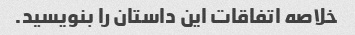
خلاصه اتفاقات این داستان را بنویسید.